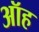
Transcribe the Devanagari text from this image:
ऑह